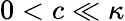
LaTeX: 0<c\ll\kappa